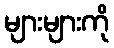
များများကို